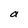
Character: a